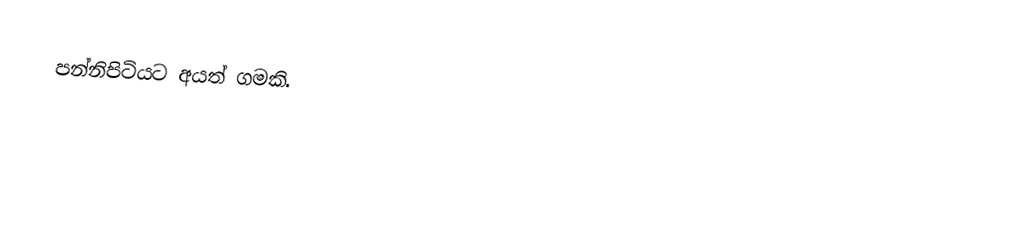
පන්නිපිටියට අයත් ගමකි.